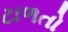
ટાળતો